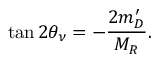
\tan 2 \theta _ { \nu } = - { \frac { 2 m _ { D } ^ { \prime } } { M _ { R } } } .